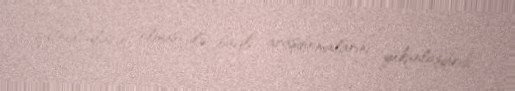
futbolçuların olması ilə bağlı araşdırmalarını yekunlaşdırıb.